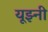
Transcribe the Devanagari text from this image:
यूझ्नी